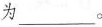
为___。